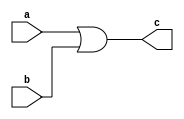
`timescale 1ns / 1ps
//////////////////////////////////////////////////////////////////////////////////
// Institute: NIT Rourkela 
// Design Name: Priteesh Ranjan
// Module Name: OR gate
// Project Name: orGate
//////////////////////////////////////////////////////////////////////////////////


module or_gate(a,b,c);
input a,b;
output c;
assign c = a|b;
endmodule